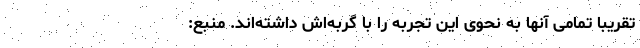
تقریباً تمامی آنها به نحوی این تجربه را با گربه‌اش داشته‌اند. منبع: